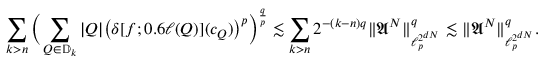
{ \sum _ { k > n } \Big ( \sum _ { Q \in \mathbb { D } _ { k } } | Q | \big ( \delta [ f ; 0 . 6 \ell ( Q ) ] ( c _ { Q } ) \big ) ^ { p } \Big ) ^ { \frac { q } { p } } \lesssim \sum _ { k > n } 2 ^ { - ( k - n ) q } \| \mathfrak { A } ^ { N } \| _ { \ell _ { p } ^ { 2 ^ { d N } } } ^ { q } \lesssim \| \mathfrak { A } ^ { N } \| _ { \ell _ { p } ^ { 2 ^ { d N } } } ^ { q } . }